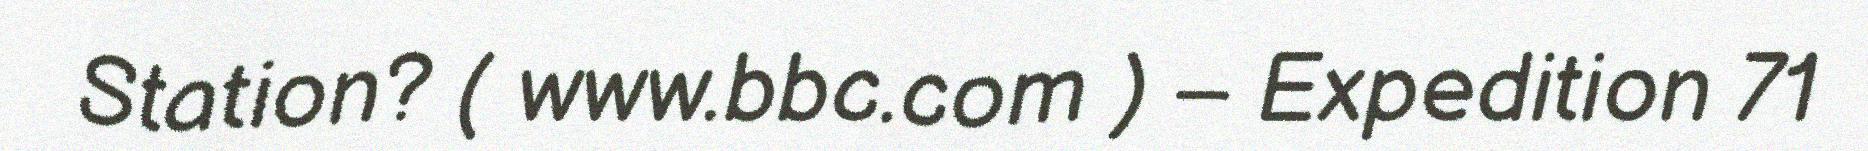
Station? ( www.bbc.com ) – Expedition 71